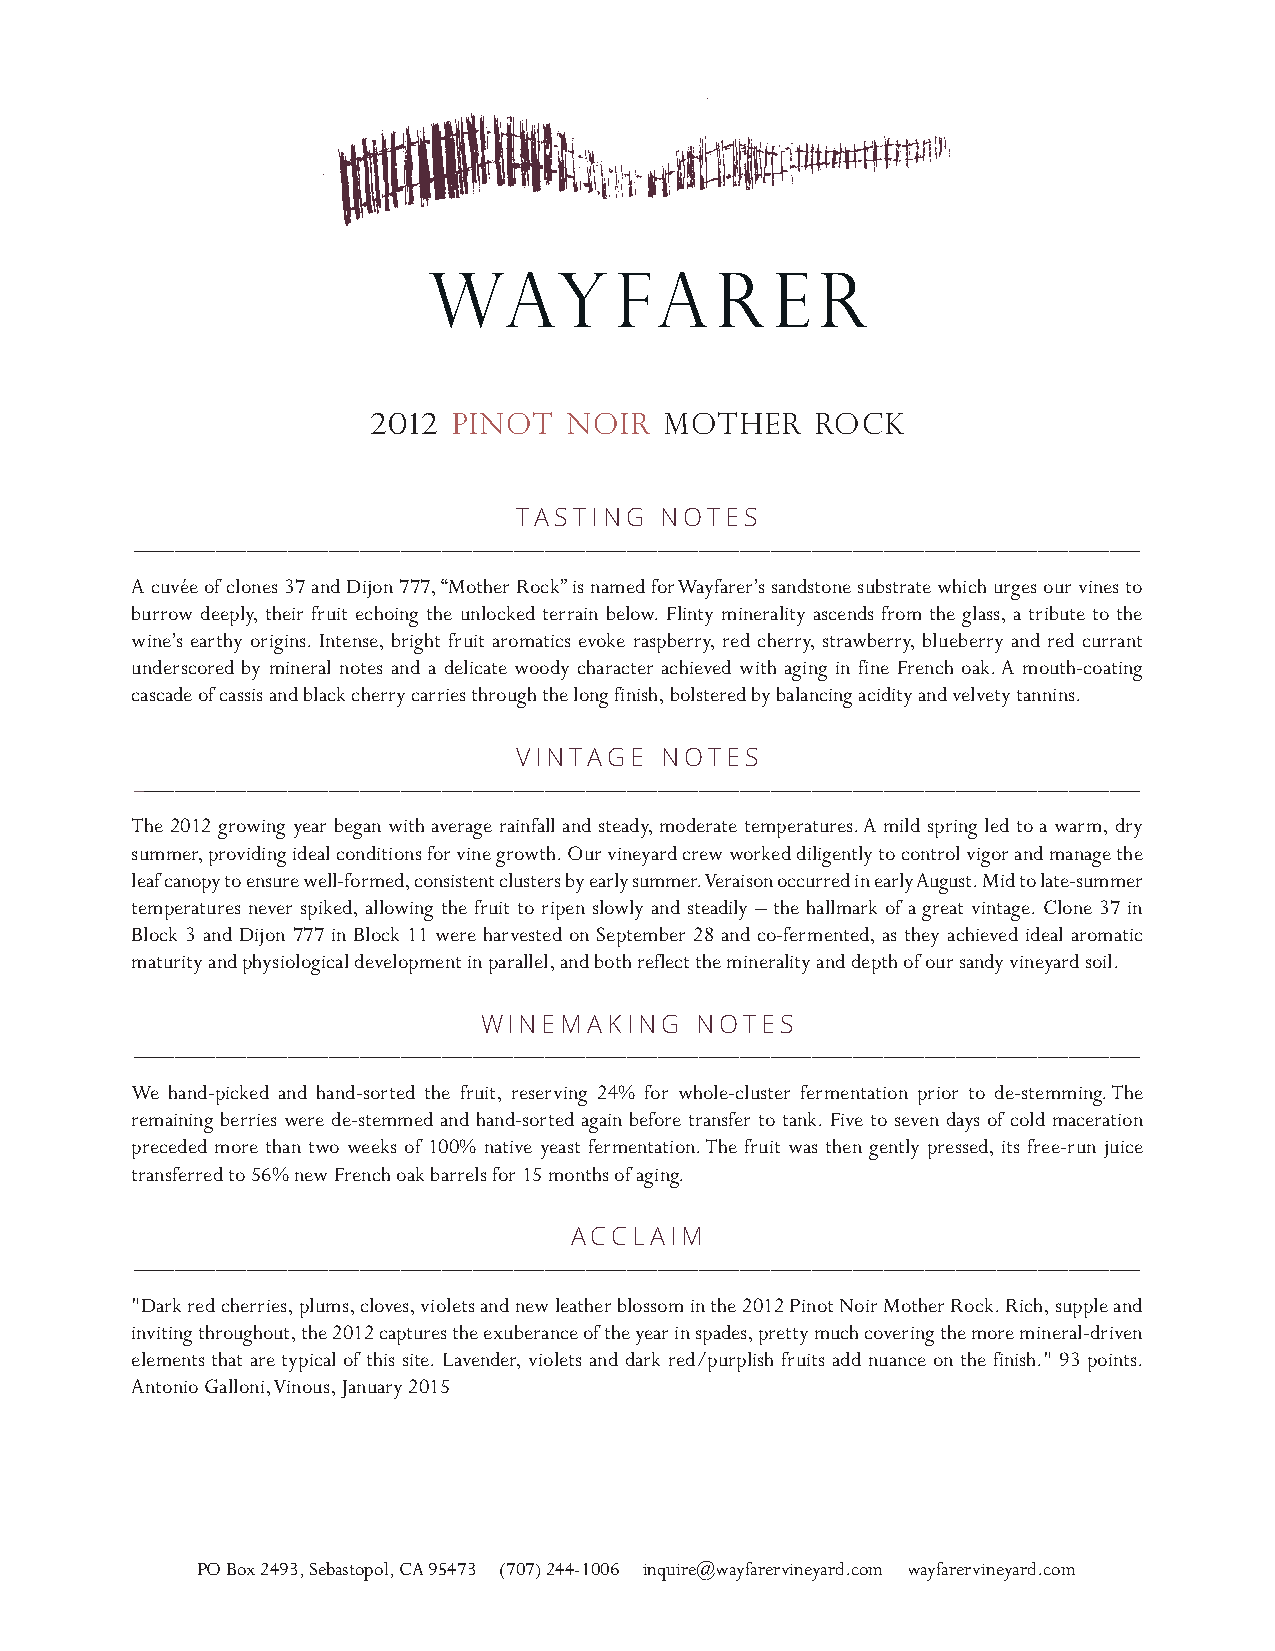
WAY          FA    R   E  R
 2012  PINOT   NOIR  MOTHER    ROCK
 TASTING   NOTES
 __________________________________________________________________________________________________
 A cuvée of clones 37 and Dijon 777, “Mother Rock” is named for Wayfarer’s sandstone substrate which urges our vines to
 burrow deeply, their fruit echoing the unlocked terrain below. Flinty minerality ascends from the glass, a tribute to the
 wine’s earthy origins. Intense, bright fruit aromatics evoke raspberry, red cherry, strawberry, blueberry and red currant
 underscored by mineral notes and a delicate woody character achieved with aging in fine French oak. A mouth-coating
 cascade of cassis and black cherry carries through the long finish, bolstered by balancing acidity and velvety tannins.
 VINTAGE   NOTES
 __________________________________________________________________________________________________
 The 2012 growing year began with average rainfall and steady, moderate temperatures. A mild spring led to a warm, dry
 summer, providing ideal conditions for vine growth. Our vineyard crew worked diligently to control vigor and manage the
 leaf canopy to ensure well-formed, consistent clusters by early summer. Veraison occurred in early August. Mid to late-summer
 temperatures never spiked, allowing the fruit to ripen slowly and steadily – the hallmark of a great vintage. Clone 37 in
 Block 3 and Dijon 777 in Block 11 were harvested on September 28 and co-fermented, as they achieved ideal aromatic
 maturity and physiological development in parallel, and both reflect the minerality and depth of our sandy vineyard soil.
 WINEMAKING    NOTES
 __________________________________________________________________________________________________
 We hand-picked and hand-sorted the fruit, reserving 24% for whole-cluster fermentation prior to de-stemming. The
 remaining berries were de-stemmed and hand-sorted again before transfer to tank. Five to seven days of cold maceration
 preceded more than two weeks of 100% native yeast fermentation. The fruit was then gently pressed, its free-run juice
 transferred to 56% new French oak barrels for 15 months of aging.
 ACCLAIM
 __________________________________________________________________________________________________
 "Dark red cherries, plums, cloves, violets and new leather blossom in the 2012 Pinot Noir Mother Rock. Rich, supple and
 inviting throughout, the 2012 captures the exuberance of the year in spades, pretty much covering the more mineral-driven
 elements that are typical of this site. Lavender, violets and dark red/purplish fruits add nuance on the finish." 93 points.
 Antonio Galloni, Vinous, January 2015
 PO Box 2493, Sebastopol, CA 95473 (707) 244-1006 inquire@wayfarervineyard.com wayfarervineyard.com